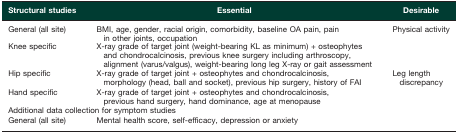
<table><thead><tr><td><b>Structural studies</b></td><td><b>Essential</b></td><td><b>Desirable</b></td></tr></thead><tbody><tr><td>General (all site)</td><td>BMI, age, gender, racial origin, comorbidity, baseline OA pain, pain in other joints, occupation</td><td>Physical activity</td></tr><tr><td>Knee specific</td><td>X-ray grade of target joint (weight-bearing KL as minimum) + osteophytes and chondrocalcinosis, previous knee surgery including arthroscopy, alignment (varus/valgus), weight-bearing long leg X-ray or gait assessment</td><td>[EMPTY_CELL]</td></tr><tr><td>Hip specific</td><td>X-ray grade of target joint + osteophytes and chondrocalcinosis, morphology (head, ball and socket), previous hip surgery, history of FAI</td><td>Leg length discrepancy</td></tr><tr><td>Hand specific</td><td>X-ray grade of target joint + osteophytes and chondrocalcinosis, previous hand surgery, hand dominance, age at menopause</td><td>[EMPTY_CELL]</td></tr><tr><td colspan="3">Additional data collection for symptom studies</td></tr><tr><td>General (all site)</td><td>Mental health score, self-efficacy, depression or anxiety</td><td>[EMPTY_CELL]</td></tr></tbody></table>